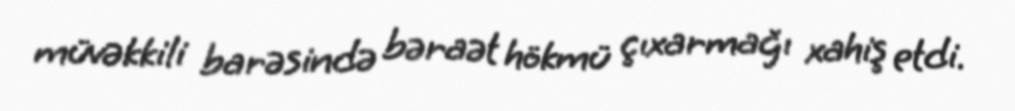
müvəkkili barəsində bəraət hökmü çıxarmağı xahiş etdi.